Civil Veterinary Department Bengal reports 1933-51 - 1933-1951
Year: 1933
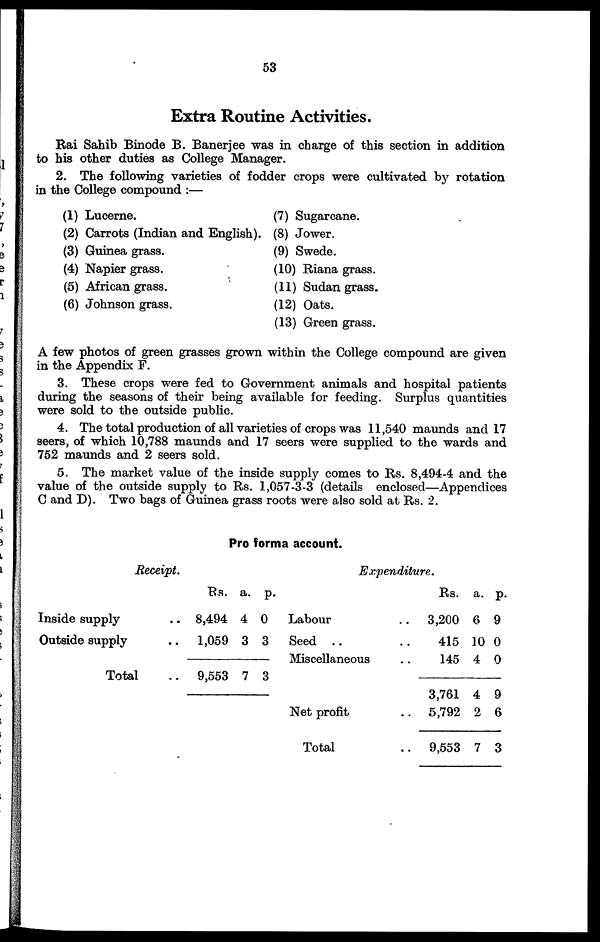
53
Extra Routine Activities.
Rai Sahib Binode B. Banerjee was in charge of this section in addition
to his other duties as College Manager.
2. The following varieties of fodder crops were cultivated by rotation
in the College compound :—
(1) Lucerne.
(2) Carrots (Indian and English).
(3) Guinea grass.
(4) Napier grass.
(5) African grass.
(6) Johnson grass.
(7) Sugarcane.
(8) Jower.
(9) Swede.
(10) Riana grass.
(11) Sudan grass.
(12) Oats.
(13) Green grass.
A few photos of green grasses grown within the College compound are given
in the Appendix F.
3. These crops were fed to Government animals and hospital patients
during the seasons of their being available for feeding. Surplus quantities
were sold to the outside public.
4. The total production of all varieties of crops was 11,540 maunds and 17
seers, of which 10,788 maunds and 17 seers were supplied to the wards and
752 maunds and 2 seers sold.
5. The market value of the inside supply comes to Rs. 8,494-4 and the
value of the outside supply to Rs. 1,057-3-3 (details enclosed—Appendices
C and D). Two bags of Guinea grass roots were also sold at Rs. 2.
Pro forma account.
Receipt.
Inside supply ..
Outside supply ..
Total ..
Rs.
8,494
1,059
9,553
a.
4
3
7
p.
0
3
3
Expenditure.
Labour..
Seed .. ..
Miscellaneous ..
Net profit ..
Total ..
Rs.
3,200
415
145
3,761
5,792
9,553
a.
6
10
4
4
2
7
p.
9
0
0
9
6
3